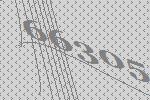
66305